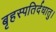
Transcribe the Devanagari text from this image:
बृहस्पतिर्दधातु।